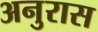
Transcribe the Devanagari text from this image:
अनुरास